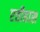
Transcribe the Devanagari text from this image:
एतीहास